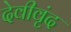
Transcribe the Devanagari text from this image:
देवीवृंद